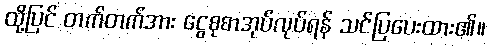
ထို့ပြင် တက်တက်အား ငွေစုစာအုပ်လုပ်ရန် သင်ပြပေးထား၏။